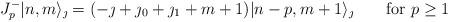
LaTeX: \begin{align*} J^-_p|n,m\rangle_{\jmath}=(-\jmath+\jmath_0+\jmath_1+m+1) |n-p,m+1 \rangle_{\jmath}\qquad \mbox{for $p \geq 1$}\end{align*}